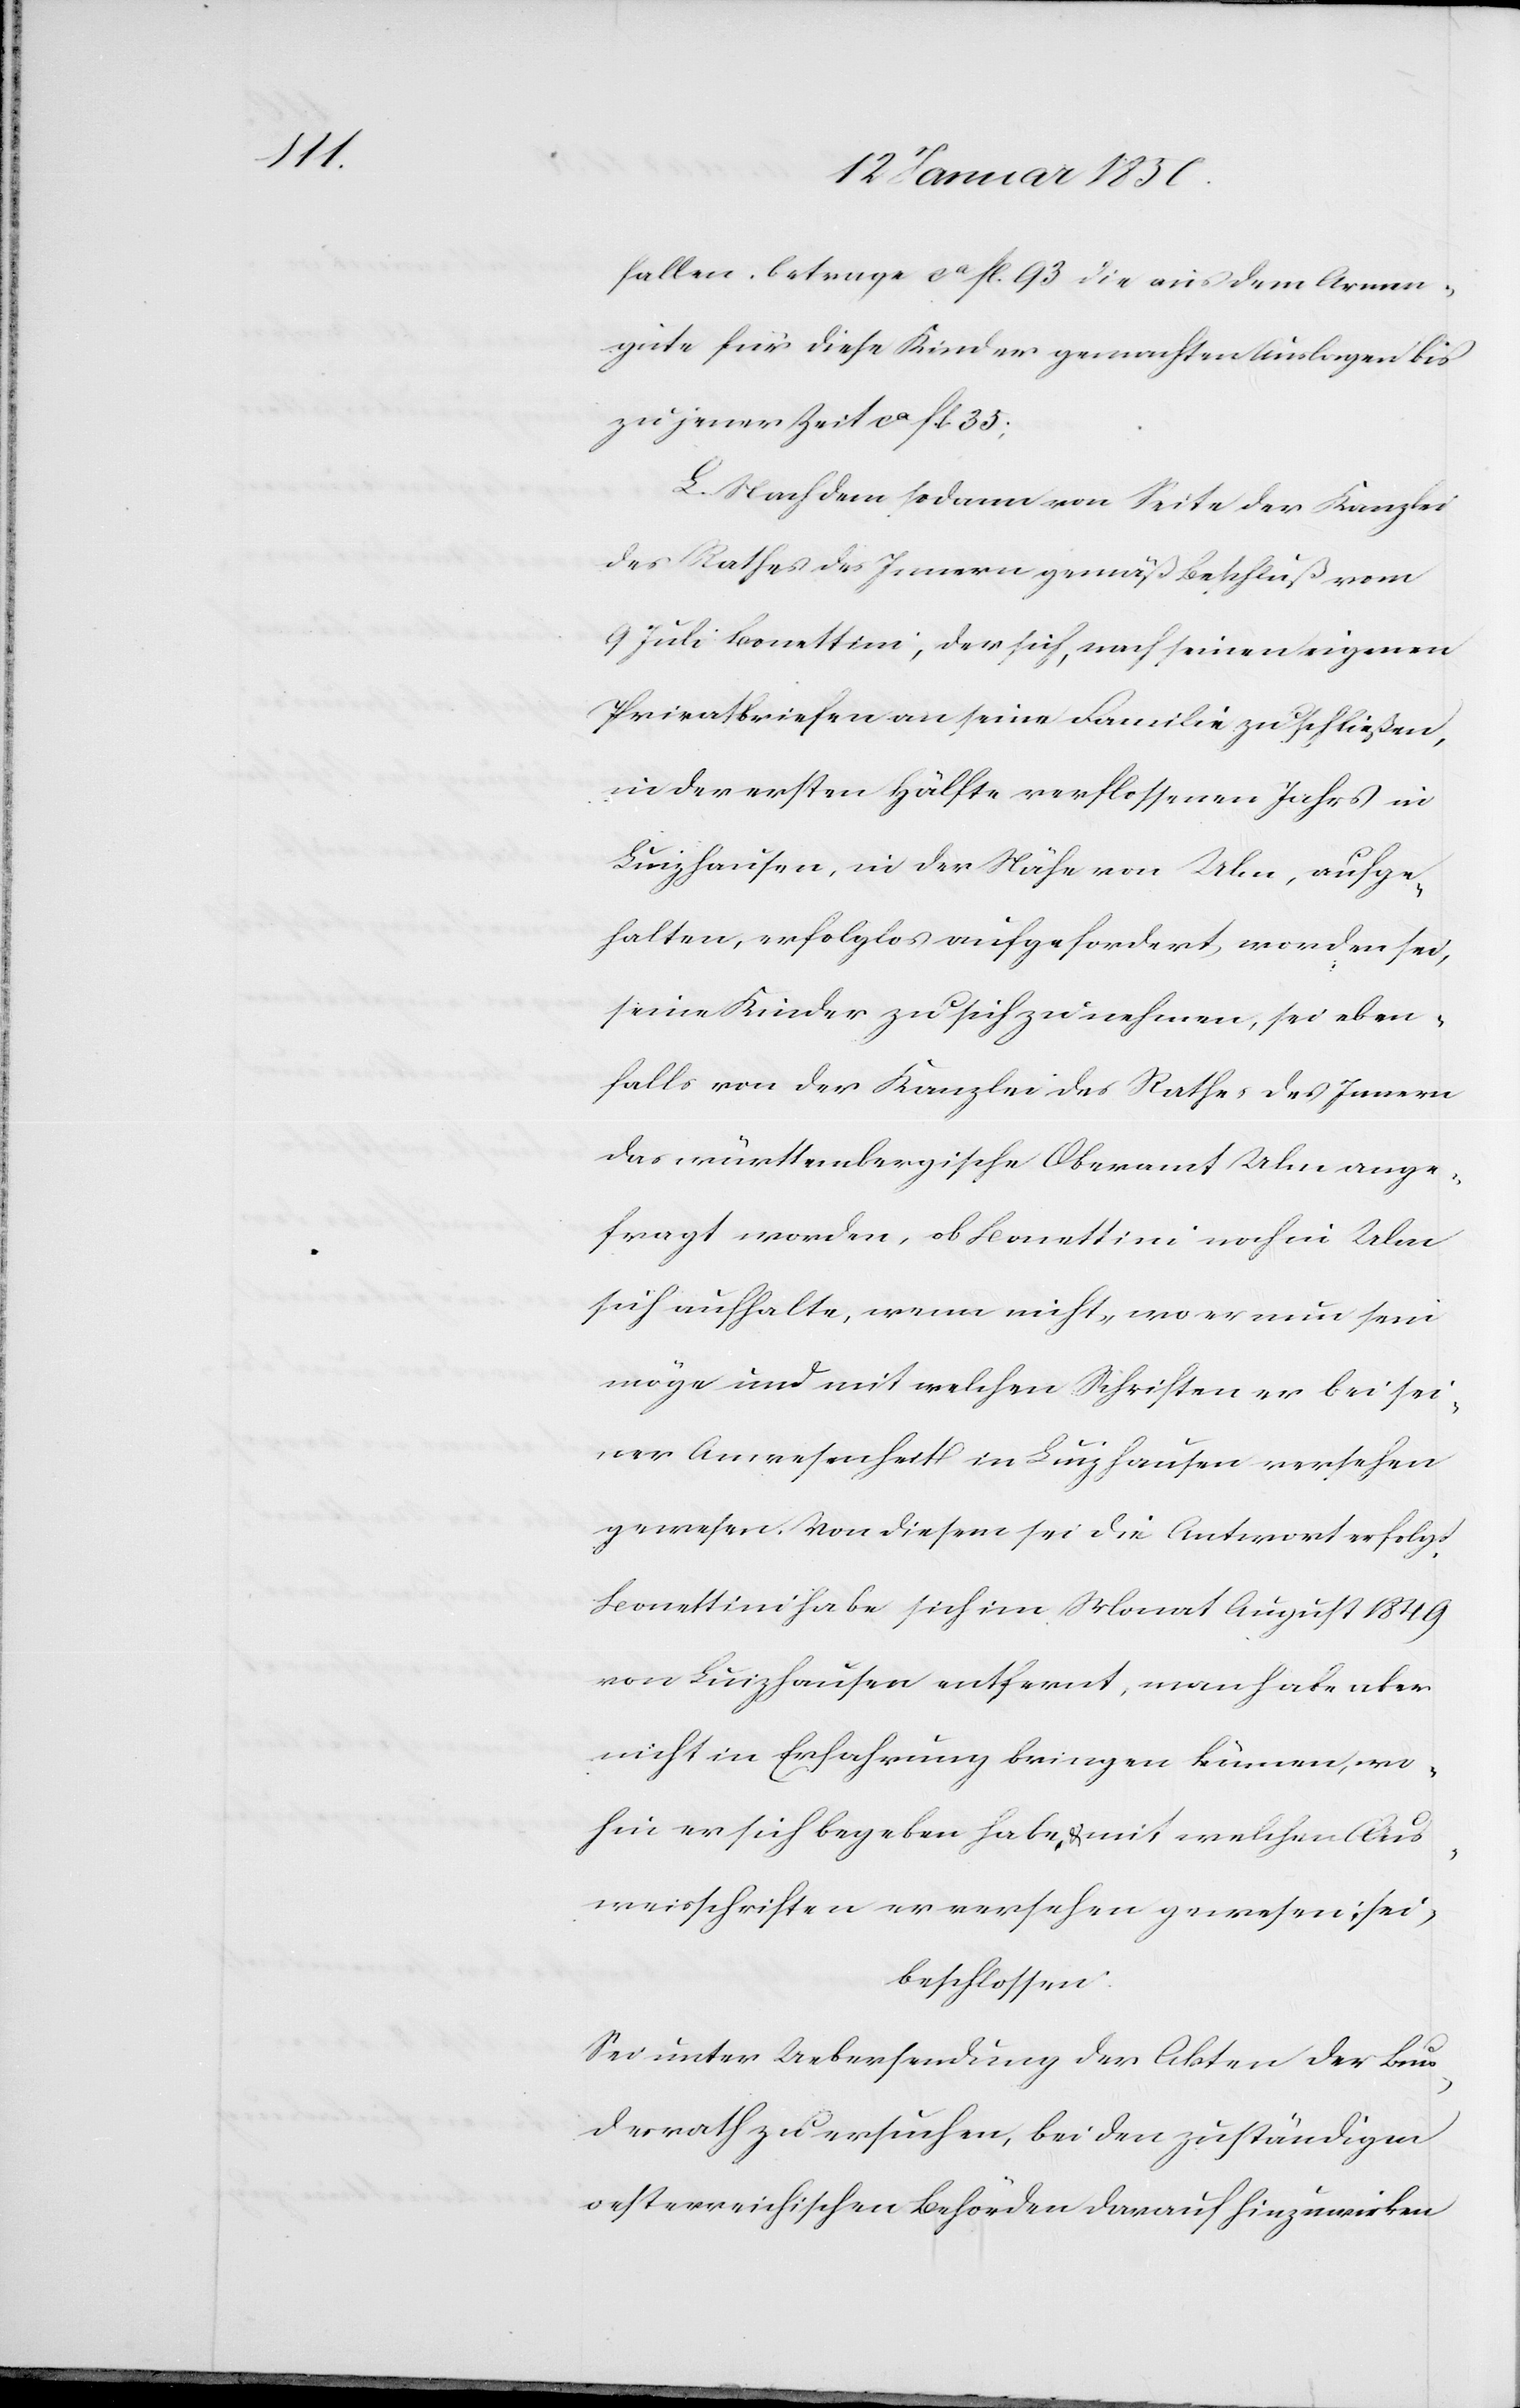
fallen, betrage ca fl. 93 die aus dem Armen¬
gute für diese Kinder gemachten Auslagen bis
zu jener Zeit ca fl. 35;
L. Nachdem sodann von Seite der Kanzlei
des Rathes des Innern gemäß Beschluß vom
9 Juli Bonettini, der sich, nach seinen eigenen
Privatbriefen an seine Familie zu schließen,
in der ersten Hälfte verflossenen Jahrs in
Luizhausen, in der Nähe von Ulm, aufge¬
halten, erfolglos aufgefordert worden sei,
seine Kinder zu sich zu nehmen, sei eben¬
falls von der Kanzlei des Rathes des Innern
das württembergische Oberamt Ulm ange¬
fragt worden, ob Bonettini noch in Ulm
sich aufhalte, wenn nicht, wo er nun sein
möge und mit welchen Schriften er bei sei¬
ner Anwesenheit in Luizhausen versehen
gewesen. Von diesem sei die Antwort erfolgt,
Bonettini habe sich im Monat August 1849
von Luizhausen entfernt, man habe aber
nicht in Erfahrung bringen können, wo¬
hin er sich begeben habe, u. mit welchen Aus¬
weisschriften er versehen gewesen sei,
beschlossen:
Sei unter Uebersendung der Akten der Bun¬
desrath zu ersuchen, bei den zuständigen
oesterreichischen Behörden darauf hinzuwirken